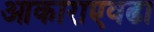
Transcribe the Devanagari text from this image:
आकाराएवढा